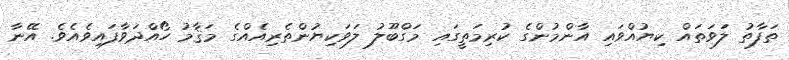
ތަފާތު ލަވަތައް ކިޔުއްވައި އާންމުންގެ ކުރިމަތީގައި މަގްބޫލު ލަވަކިޔުންތެރިއެއްގެ މަޤާމު ހޯއްދަވާފައިވެއެވެ. އޭނާ